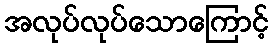
အလုပ်လုပ်သောကြောင့်